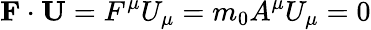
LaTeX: \mathbf{F}\cdot\mathbf{U}=F^{\mu}U_{\mu}=m_{0}A^{\mu}U_{\mu}=0